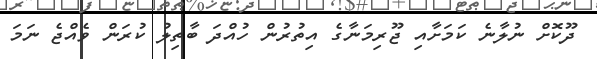
ދޫކޮށް ނުލާނެ ކަމަށާއި ޖޫރިމަނާގެ އިތުރުން ހުއްދަ ބާތިލު ކުރަން ވެއްޖެ ނަމަ